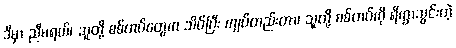
ဒီမှာ ညီမရယ်၊ သူတို့ စစ်တပ်တွေက သိပ်ပြီး ကျပ်တည်းတာ၊ သူတို့ စစ်တပ်ကို ရိက္ခာသွင်းတဲ့